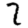
Digit: 2